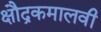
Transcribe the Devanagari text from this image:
क्षौद्रकमालवी